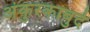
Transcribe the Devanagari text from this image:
अंकुरकाबुर्द